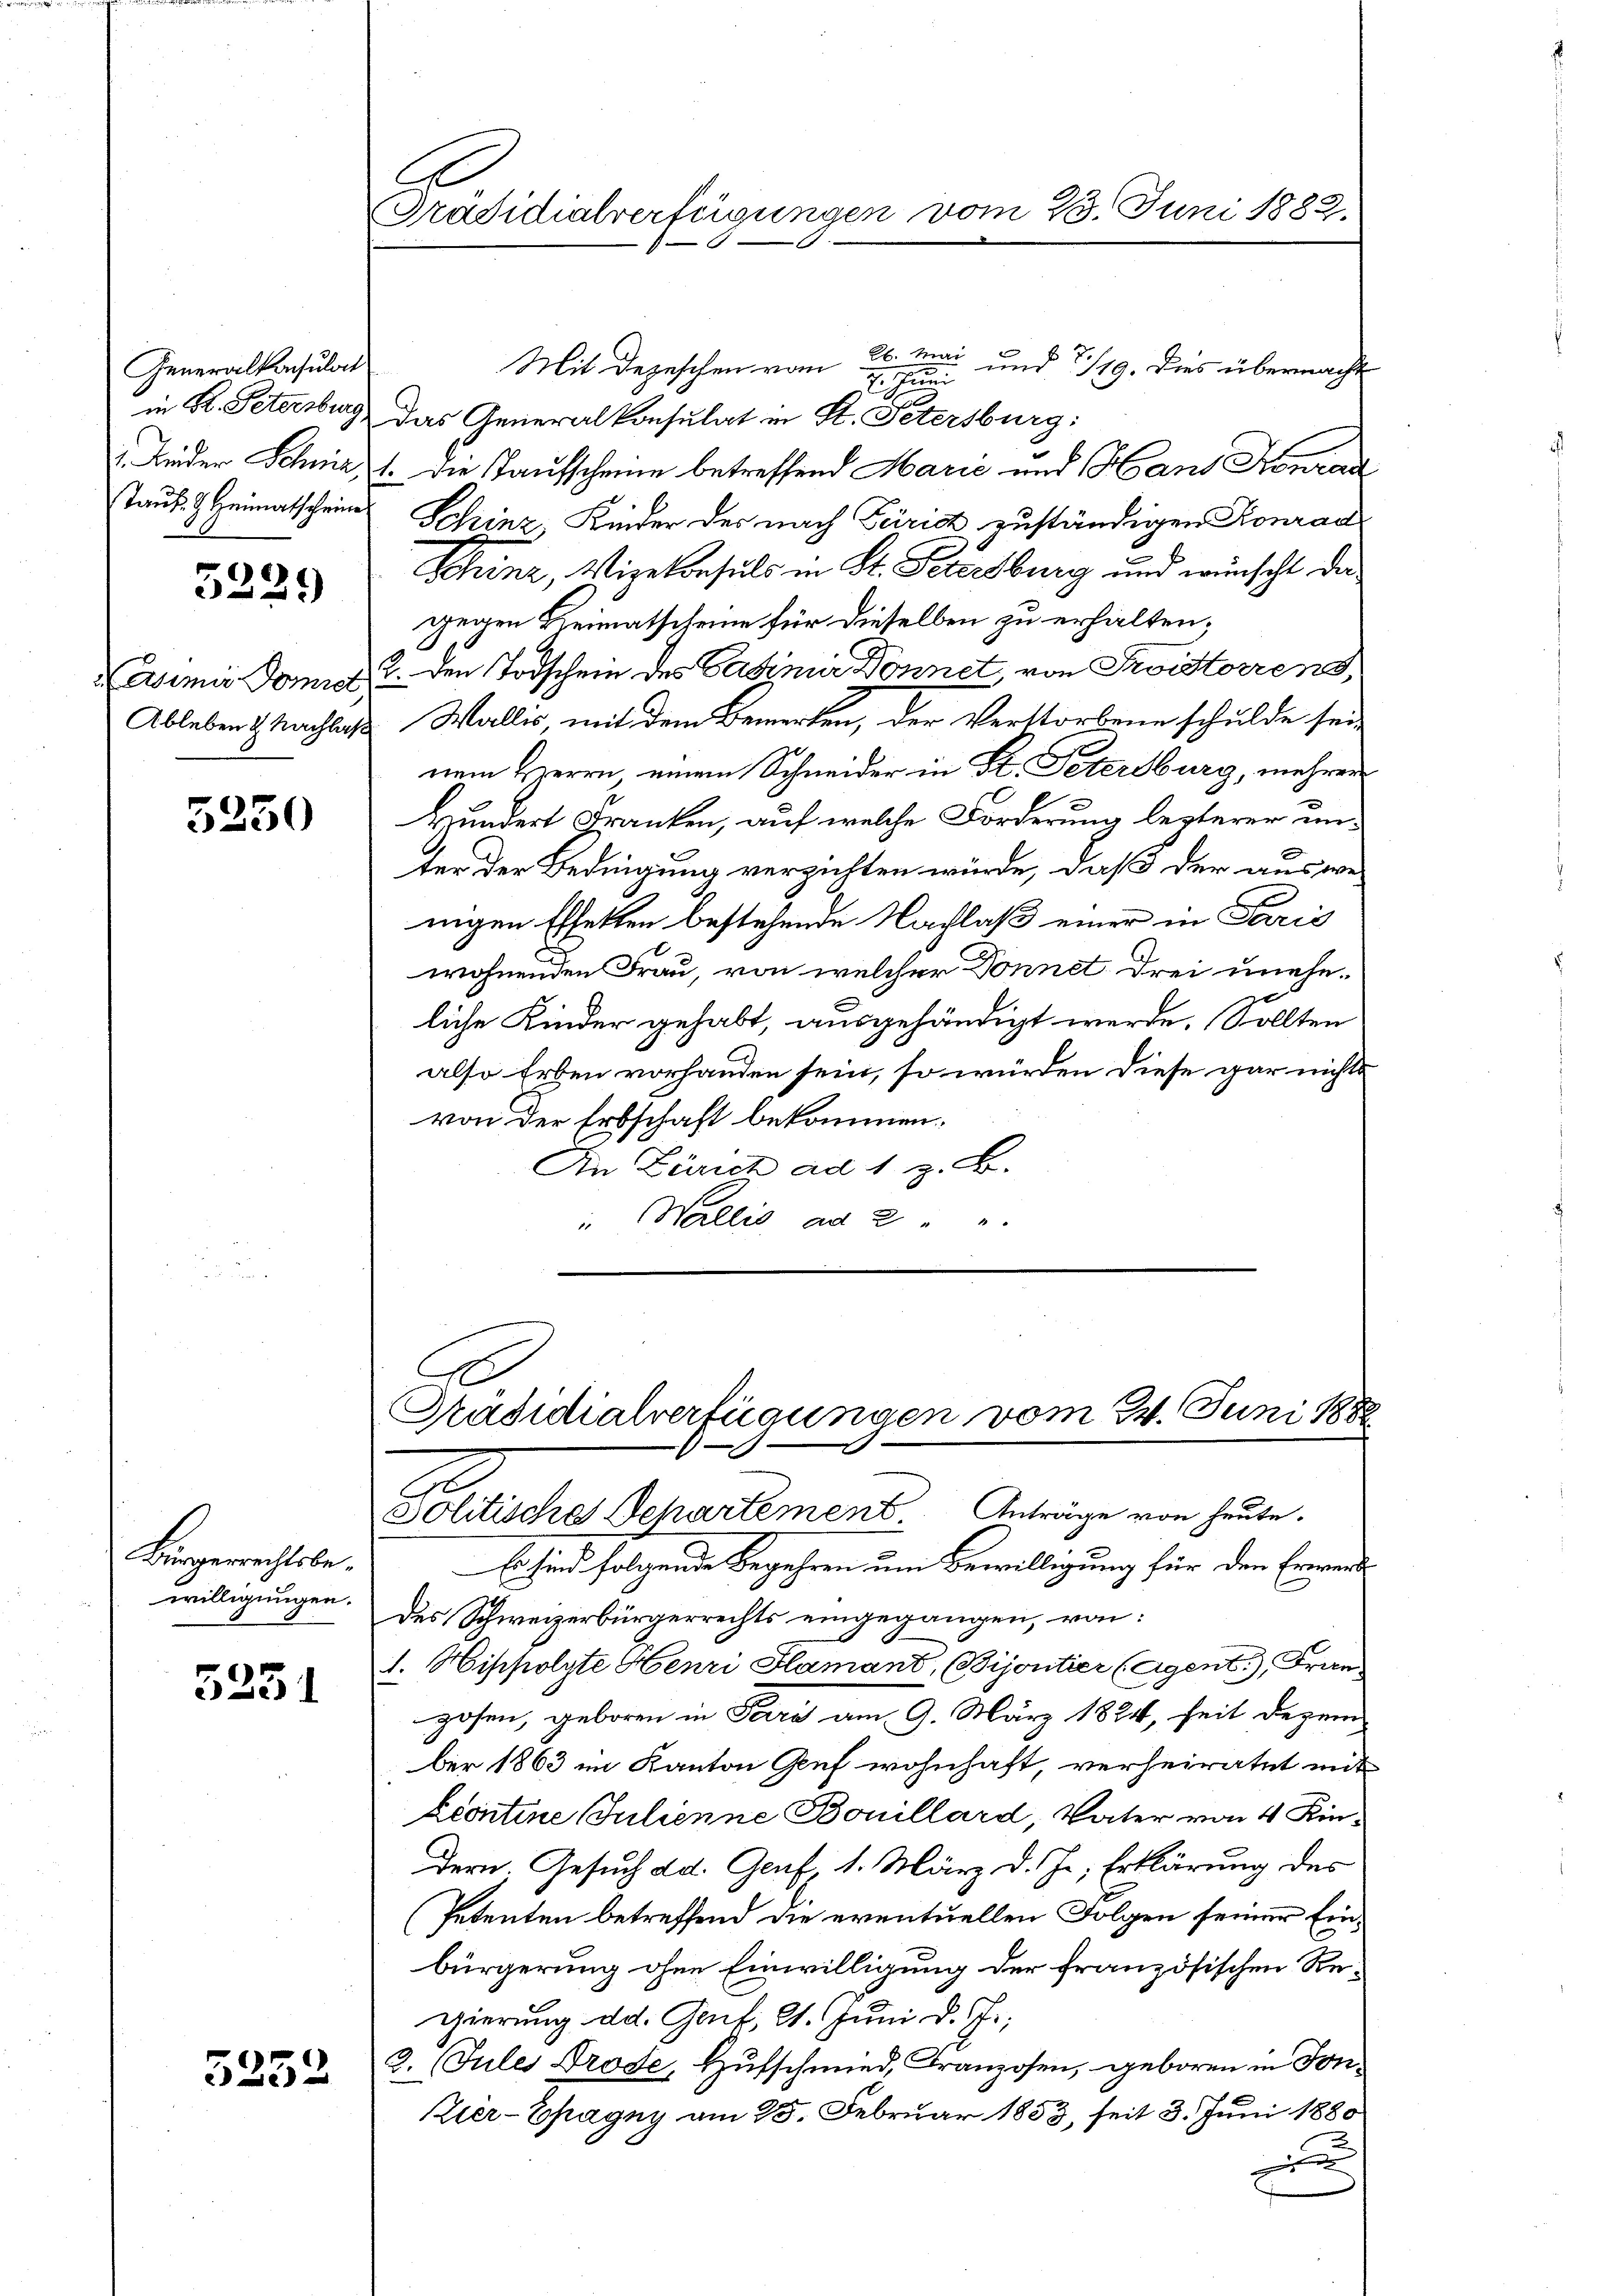
Feneralkonsulat

e
)

5250

Bürgerrechtsbewilligungen.

5251

5252

Präsidialverfügungen vom 23. Juni 1883.

9
G
Politisches Departement Anträge von heute.

Mit Depeschen vom 26. Mai
und 1119. Dies übermacht
J.
in K. Petersburg das Generalkonsulat in St. Petersburg:
 Lüder Schniz, 1. die Taufscheine betreffend Marić und Hans Konrad
Taut. H. Heimatscheine Schinz, Kinder der nach Feirich zuständigen Konrad
Schinz, Vizekonsuls in St. Petersburg und wünscht der
gegen Heimatscheine für dieselben zu erhalten;
asimi Domit 3. den Todschein des Casimir Donnet, von Fristorrens,
Ableben & Nachlaß Wallis, mit dem Bemerken, der Verstorbene schulde sei-
nem Herrn einem Schneider in St. Petersburg, mehrer
Wundert Franken, auf welche Forderung lezterer unter der Bedingung verzichten würde, daß der auswei
nigen Effekten bestehende Nachlaß einer in Paris
wohnenden Frau, von welcher Donnet drei uneheliche Kinder gehabt, ausgehändigt werde. Sollten
also Erben vorhanden sein, so würden diese gar nichts
von der Erbschaft bekommen.
An Zürich ad 1 z. B.
" Wallis ad 2 " "
G
Präsidialverfügungen vom 24. Juni 1882

Es sind folgende Begehren um Bewilligung für den Ernendes
des Schweizerbürgerrechts eingegangen, von:
1. Hippolyte Henri Flamand, (Bijoutier (Agent.), Fran
zosen, geboren in Pare am 9. März 1884, heit Dezember 1863 im Kanton Auf wohnhaft, verheiratet mit
écontine Julienne Bouillard, Vater von 4 Kin¬
Dern. Gesuch dd. Genf, 1. März d. Js. Erklärung des
(Petenten betreffend die eventuellen Folgen seiner Einbürgerung ohne Einwilligung der französischen Regierung d d. Genik, 21. Juni d. Js.
2. Jules Drode, Hufschmied, Franzosen, geboren in Sonier-Ehagny am 25. Februar 1853, seit 3. Juni 1880
x